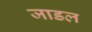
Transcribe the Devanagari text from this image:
जाडल